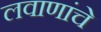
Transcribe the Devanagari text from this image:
लवाणांचे